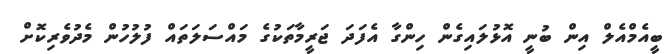
ބީއެމްއެލް އިން ބުނީ އޮޅުލައިގެން ހިންގާ އެފަދަ ޖަރީމާތަކުގެ މައްސަލަތައް ފުލުހުން މެދުވެރިކޮށް